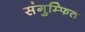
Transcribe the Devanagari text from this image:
संगुम्फित